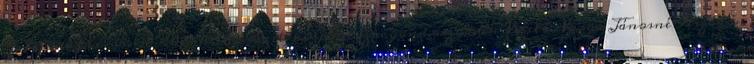
Telefon-fax: 36-28 400-103 E-mail: kozpont szocgond.aszod.hu Vezető: Varga Jánosné Aszódon